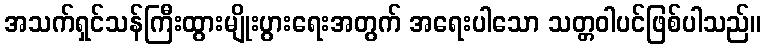
အသက်ရှင်သန်ကြီးထွားမျိုးပွားရေးအတွက် အရေးပါသော သတ္တဝါပင်ဖြစ်ပါသည်။